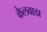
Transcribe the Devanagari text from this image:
केलवाडा